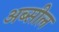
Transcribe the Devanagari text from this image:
अब्सील